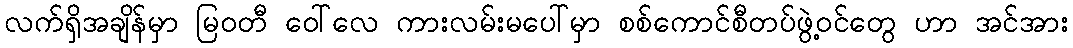
လက်ရှိအချိန်မှာ မြဝတီ ဝေါ်လေ ကားလမ်းမပေါ်မှာ စစ်ကောင်စီတပ်ဖွဲ့ဝင်တွေ ဟာ အင်အား